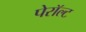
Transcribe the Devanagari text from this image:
पेरॉल्ट